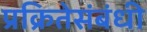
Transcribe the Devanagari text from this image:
प्रक्रितेसंबंधी